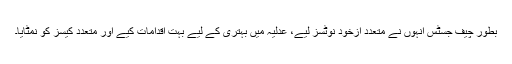
بطور چیف جسٹس انہوں نے متعدد ازخود نوٹسز لیے، عدلیہ میں بہتری کے لیے بہت اقدامات کیے اور متعدد کیسز کو نمٹایا۔